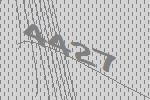
4427